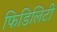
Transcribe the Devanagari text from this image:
फिडिलिटी